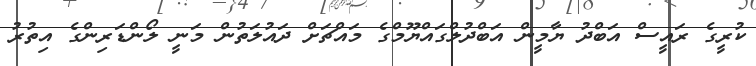
ކުރީގެ ރައީސް އަބްދު ޔާމީން އަބްދުލްގައްޔޫމްގެ މައްޗަށް ދައުލަތުން މަނީ ލޯންޑަރިންގެ އިތުރު